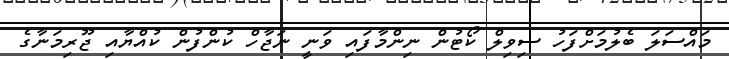
މައްސަލަ ބެލުމަށްފަހު ސިވިލް ކޯޓުން ނިންމާފައި ވަނީ ނަޖާހް ކުންފުން ކުއްޔާއި ޖޫރިމަނާގެ